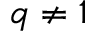
q \ne 1